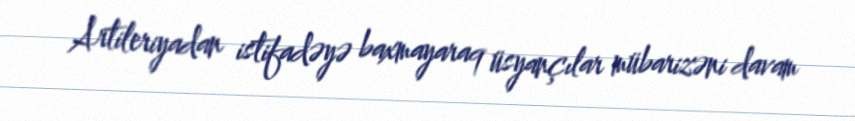
Artileriyadan istifadəyə baxmayaraq üsyançılar mübarizəni davam